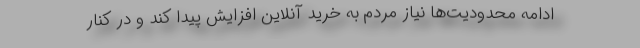
ادامه محدودیت‌ها نیاز مردم به خرید آنلاین افزایش پیدا کند و در کنار